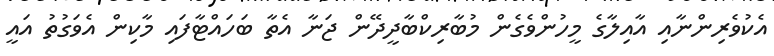
އެކުވެރިންނާއި އާއިލާގެ މީހުންވެގެން މުބާރިކްބާދީދޭން ޖަނާ އެތާ ބަހައްޓާފައި މާކިން އެވަގުތު އައީ